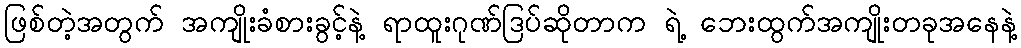
ဖြစ်တဲ့အတွက် အကျိုးခံစားခွင့်နဲ့ ရာထူးဂုဏ်ဒြပ်ဆိုတာက ရဲ့ ဘေးထွက်အကျိုးတခုအနေနဲ့